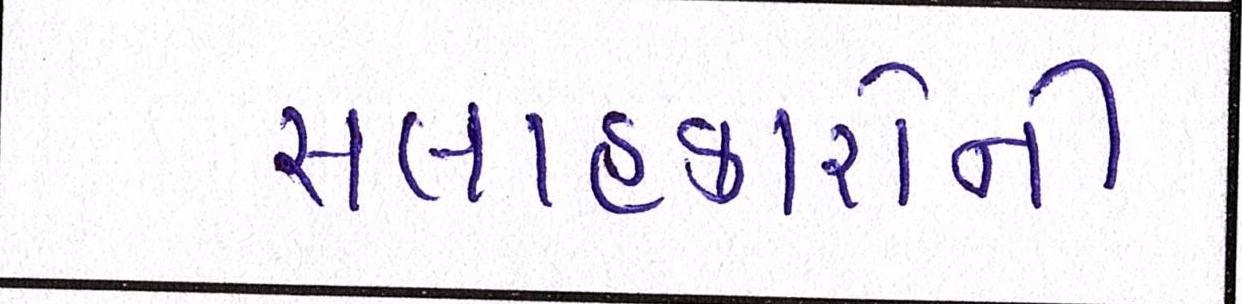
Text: સલાહકારોની